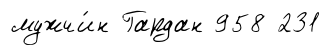
мужчи́н Гардан 958 231